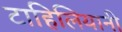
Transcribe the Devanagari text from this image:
टाहिलियानी